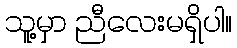
သူ့မှာ ညီလေးမရှိပါ။